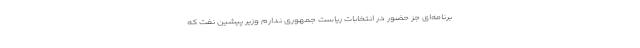
برنامه‌ای جز حضور در انتخابات ریاست ‌جمهوری ندارم وزیر پیشین نفت که